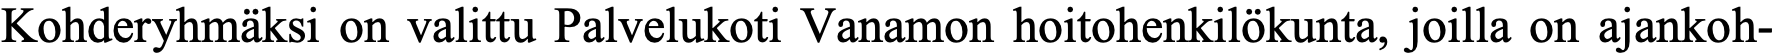
Kohderyhmäksi on valittu Palvelukoti Vanamon hoitohenkilökunta, joilla on ajankoh-